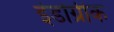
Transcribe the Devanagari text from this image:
इंंडोग्रीक